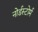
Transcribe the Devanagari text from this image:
नोर्डस्टोर्म